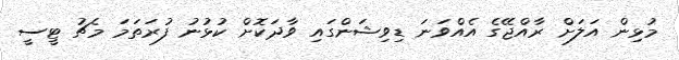
މުޅިން އަލަށް ރާއްޖޭގެ އެއްވަނަ ޑިވިޝަންގައި ވާދަކޮށް ކުޅުނު ފުރަތަމަ މެޗު ޓީސީ